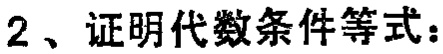
2、证明代数条件等式：